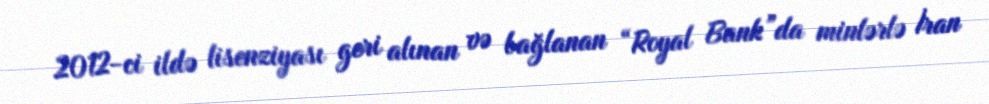
2012-ci ildə lisenziyası geri alınan və bağlanan “Royal Bank”da minlərlə İran